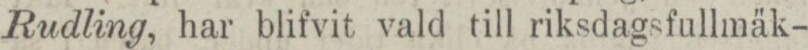
Rudling, har blifvit vald till riksdagsfullmäk-